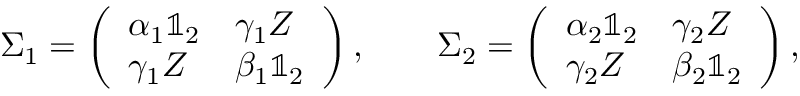
\Sigma _ { 1 } = \left( \begin{array} { l l } { \alpha _ { 1 } \mathbb { 1 } _ { 2 } } & { \gamma _ { 1 } Z } \\ { \gamma _ { 1 } Z } & { \beta _ { 1 } \mathbb { 1 } _ { 2 } } \end{array} \right) , \qquad \Sigma _ { 2 } = \left( \begin{array} { l l } { \alpha _ { 2 } \mathbb { 1 } _ { 2 } } & { \gamma _ { 2 } Z } \\ { \gamma _ { 2 } Z } & { \beta _ { 2 } \mathbb { 1 } _ { 2 } } \end{array} \right) ,